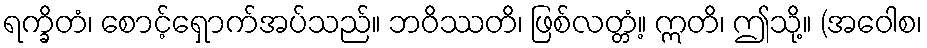
ရက္ခိတံ၊ စောင့်ရှောက်အပ်သည်။ ဘဝိဿတိ၊ ဖြစ်လတ္တံ့။ ဣတိ၊ ဤသို့။ (အဝေါစ၊